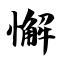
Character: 懈